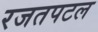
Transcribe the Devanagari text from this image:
रजतपटल